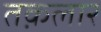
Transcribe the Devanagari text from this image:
तक़लार